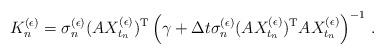
LaTeX: \begin{align*}K_n^{(\epsilon)} = \sigma_n^{(\epsilon)} (AX_{t_n}^{(\epsilon)})^{\rm T} \left( \gamma + \Delta t \sigma_n^{(\epsilon)} (AX_{t_n}^{(\epsilon)})^{\rm T} AX_{t_n}^{(\epsilon)} \right)^{-1}\,.\end{align*}